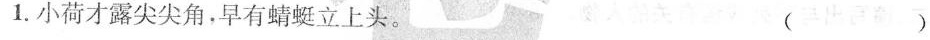
1.小荷才露尖尖角，早有蜻蜓立上头。（ ）